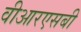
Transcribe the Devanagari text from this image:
वीआरएसबी